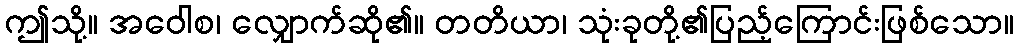
ဤသို့။ အဝေါစ၊ လျှောက်ဆို၏။ တတိယာ၊ သုံးခုတို့၏ပြည့်ကြောင်းဖြစ်သော။